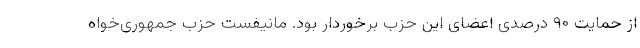
از حمایت ۹۰ درصدی اعضای این حزب برخوردار بود. مانیفست حزب جمهوری‌خواه